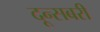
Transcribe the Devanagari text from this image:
दून्सबरी